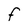
Character: F